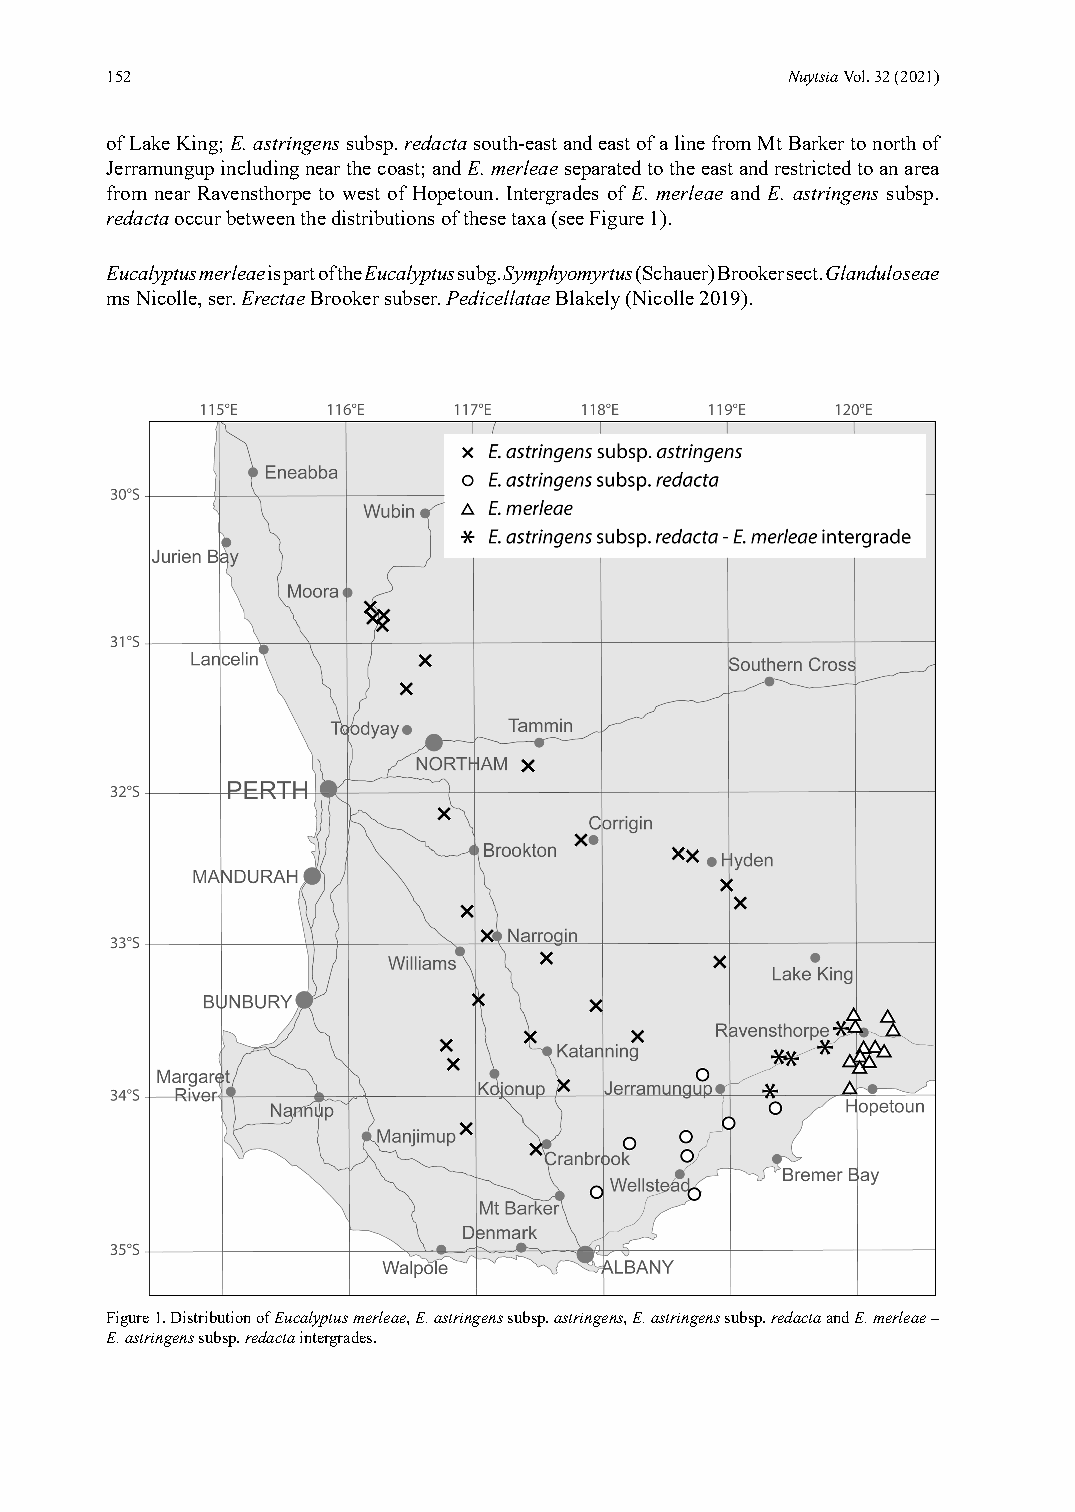
152                                          Nuytsia Vol. 32 (2021)
 of Lake King; E. astringens subsp. redacta south-east and east of a line from Mt Barker to north of
 Jerramungup including near the coast; and E. merleae separated to the east and restricted to an area
 from near Ravensthorpe to west of Hopetoun. Intergrades of E. merleae and E. astringens subsp.
 redacta occur between the distributions of these taxa (see Figure 1).
 Eucalyptus merleae is part of the Eucalyptus subg. Symphyomyrtus (Schauer) Brooker sect. Glanduloseae
 ms Nicolle, ser. Erectae Brooker subser. Pedicellatae Blakely (Nicolle 2019).
 Figure 1. Distribution of Eucalyptus merleae, E. astringens subsp. astringens, E. astringens subsp. redacta and E. merleae –
 E. astringens subsp. redacta intergrades.